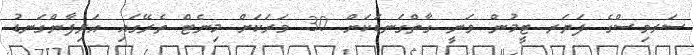
ސަރވިސްގެ ފަޔަރ ޓީމުން ވަނީ ގާތްގަނޑަކަށް 30 ވަރަކަށް މިނެޓް ތެރޭގައި އަލިފާންގަނޑު